Medical and sanitary report of the native army of Madras for the year
Year: 1878
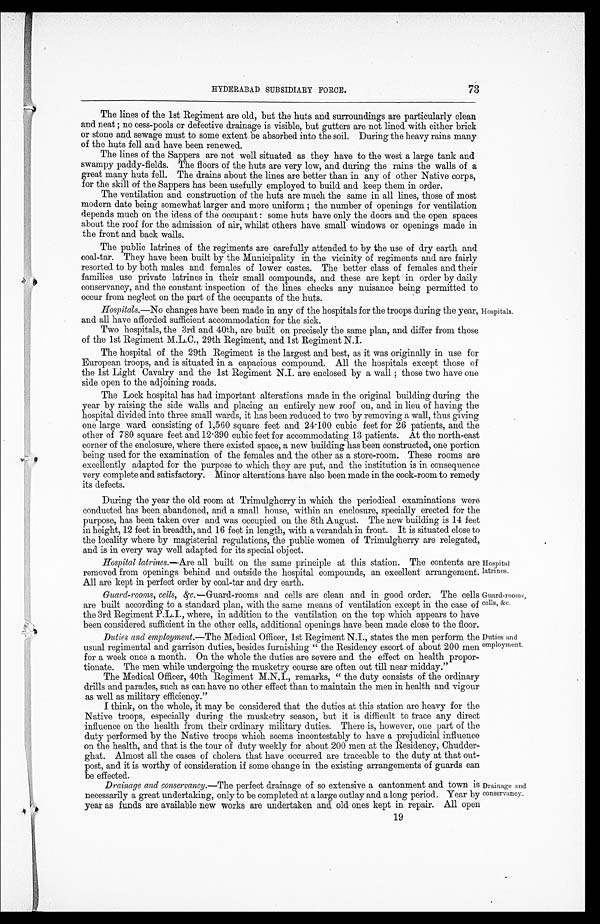
Hospital
latrines.
Guard-rooms,
cells, &c.
73
HYDERABAD SUBSIDIARY FORCE.
The lines of the 1st Regiment are old, but the huts and surroundings are particularly clean
and neat; no cess-pools or defective drainage is visible, but gutters are not lined with either brick
or stone and sewage must to some extent be absorbed into the soil. During the heavy rains many
of the huts fell and have been renewed.
The lines of the Sappers are not well situated as they have to the west a large tank and
swampy paddy-fields. The floors of the huts are very low, and during the rains the walls of a
great many huts fell. The drains about the lines are better than in any of other Native corps,
for the skill of the Sappers has been usefully employed to build and keep them in order.
The ventilation and construction of the huts are much the same in all lines, those of most
modern date being somewhat larger and more uniform; the number of openings for ventilation
depends much on the ideas of the occupant: some huts have only the doors and the open spaces
about the roof for the admission of air, whilst others have small windows or openings made in
the front and back walls.
The public latrines of the regiments are carefully attended to by the use of dry earth and
coal-tar. They have been built by the Municipality in the vicinity of regiments and are fairly
resorted to by both males and females of lower castes. The better class of females and their
families use private latrines in their small compounds, and these are kept in order by daily
conservancy, and the constant inspection of the lines checks any nuisance being permitted to
occur from neglect on the part of the occupants of the huts.
Hospitals.—No changes have been made in any of the hospitals for the troops during the year,
and all have afforded sufficient accommodation for the sick.
Hospitals.
Two hospitals, the 3rd and 40th, are built on precisely the same plan, and differ from those
of the 1st Regiment M.L.C., 29th Regiment, and 1st Regiment N.I.
The hospital of the 29th Regiment is the largest and best, as it was originally in use for
European troops, and is situated in a capacious compound. All the hospitals except those of
the 1st Light Cavalry and the 1st Regiment N.I. are enclosed by a wall; those two have one
side open to the adjoining roads.
The Lock hospital has had important alterations made in the original building during the
year by raising the side walls and placing an entirely new roof on, and in lieu of having the
hospital divided into three small wards, it has been reduced to two by removing a wall, thus giving
one large ward consisting of 1,560 square feet and 24.100 cubic feet for 26 patients, and the
other of 780 square feet and 12.390 cubic feet for accommodating 13 patients. At the north-east
corner of the enclosure, where there existed space, a new building has been constructed, one portion
being used for the examination of the females and the other as a store-room. These rooms are
excellently adapted for the purpose to which they are put, and the institution is in consequence
very complete and satisfactory. Minor alterations have also been made in the cook-room to remedy
its defects.
During the year the old room at Trimulgherry in which the periodical examinations were
conducted has been abandoned, and a small house, within an enclosure, specially erected for the
purpose, has been taken over and was occupied on the 8th August. The new building is 14 feet
in height, 12 feet in breadth, and 16 feet in length, with a verandah in front. It is situated close to
the locality where by magisterial regulations, the public women of Trimulgherry are relegated,
and is in every way well adapted for its special object.
Hospital latrines.—Are all built on the same principle at this station. The contents are
removed from openings behind and outside the hospital compounds, an excellent arrangement.
All are kept in perfect order by coal-tar and dry earth.
Guard-rooms, cells, &c .—Guard-rooms and cells are clean and in good order. The cells
are built according to a standard plan, with the same means of ventilation except in the case of
the 3rd Regiment P.L.I., where, in addition to the ventilation on the top which appears to have
been considered sufficient in the other cells, additional openings have been made close to the floor.
Duties and employment.—The Medical Officer, 1st Regiment N.I., states the men perform the
usual regimental and garrison duties, besides furnishing "the Residency escort of about 200 men
for a week once a month. On the whole the duties are severe and the effect on health propor-
tionate. The men while undergoing the musketry course are often out till near midday."
Duties and
employment.
The Medical Officer, 40th Regiment remarks, "the duty consists of the ordinary
drills and parades, such as can have no other effect than to maintain the men in health and vigour-
as well as military efficiency."
I think, on the whole, it may be considered that the duties at this station are heavy for the
Native troops, especially during the musketry season, but it is difficult to trace any direct
influence on the health from their ordinary military duties. There is, however, one part of the
duty performed by the Native troops which seems incontestably to have a prejudicial influence
on the health, and that is the tour of duty weekly for about 200 men at the Residency, Chudder
-ghat. Almost all the cases of cholera that have occurred are traceable to the duty at that out--
post, and it is worthy of consideration if some change in the existing arrangements of guards can
be effected.
Drainage and conservancy.—The perfect drainage of so extensive a cantonment and town is
necessarily a great undertaking, only to be completed at a large outlay and a long period. Year by
year as funds are available new works are undertaken and old ones kept in repair. All open
Drainage and
conservancy.
19